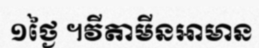
១ថ្ងៃ ។វីតាមីនអាមាន